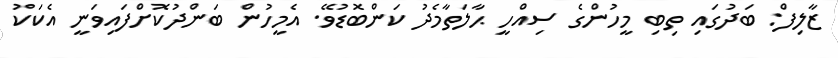
ޒާލިފް: ބަދުގައި ތިބި މީހުންގެ ސިއްހީ ޙާލަތާމެދު ކަންބޮޑުވޭ. އެމީހުން ބަންދުކޮށްފައިވަނީ އެކަކު